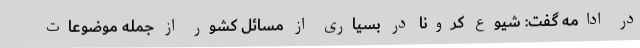
در ادامه گفت: شیوع کرونا در بسیاری از مسائل کشور از جمله موضوعات